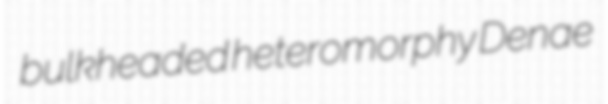
bulkheaded heteromorphy Denae